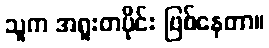
သူက အရူးတပိုင်း ဖြစ်နေတာ။